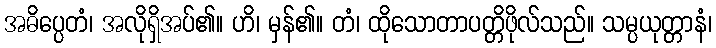
အဓိပ္ပေတံ၊ အလိုရှိအပ်၏။ ဟိ၊ မှန်၏။ တံ၊ ထိုသောတာပတ္တိဖိုလ်သည်။ သမ္ပယုတ္တာနံ၊